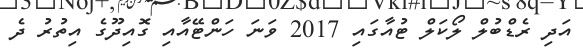
އަދި ރެޑްބުލް ލޯކަލް ޓުއާގައި 2017 ވަނަ ހަންޓޭއާއި ގޮއިދޫގެ އިތުރު ދެ